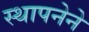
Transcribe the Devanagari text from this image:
स्‍थापनेने